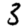
Digit: 3